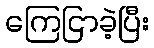
ကြေငြာခဲ့ပြီး